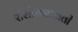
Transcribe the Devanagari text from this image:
संशोधनाअंती